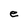
Character: e